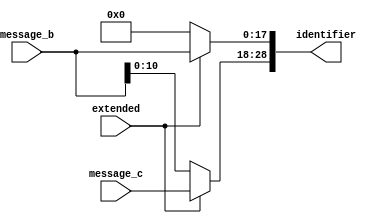
////////////////////////////////////////////////////////////////////////////////////////////////////
//
// Interessengruppe fuer Mikroelektronik und Eingebettete Systeme (IMES)
// Fachhochschule Dortmund
//
// Tool         : Mentor Graphics HDL Designer(TM) 2015.1b (Build 4)
// Description  : decapsulation unit
// Commentary   : Nur noch Identitifier fr LLC, Register aufbereiten, Daten nun direkt aus
//                rshift in IOCPU, da fastshift an gleiche Positionen schiebt. Keine Register
//                mehr, message_b, message_c kommen aus rshift (b: 88 downto 71 (18 Bit ext-id))
//                (c: 101 downto 91 (11 Bit bas-id))
//
// Changelog:
// -------------------------------------------------------------------------------------------------
// Version | Author             | Date       | Changes
// -------------------------------------------------------------------------------------------------
// 0.9     | Leduc              | 01.07.2019 | created
// -------------------------------------------------------------------------------------------------
//
////////////////////////////////////////////////////////////////////////////////////////////////////

//`resetall
//`timescale 1ns/10ps
//`default_nettype none

module decapsulation2 (
  input  wire [17:0] message_b,
  input  wire [10:0] message_c,
  input  wire        extended,
  output reg  [28:0] identifier
  );

always@(message_b, message_c, extended)
begin
  if(extended == 1'b0)  // BASIC Datenrahmen, id sitzt unten am Anfang des Extended Feldes
   begin
    identifier [28:18] = message_b[10:0];
    identifier [17: 0] = 18'd0;
   end
  else                 
   begin   // Extended Datenrahmen, id sitzt passend
    identifier [28:18] = message_c;
    identifier [17: 0] = message_b;
   end
end

endmodule